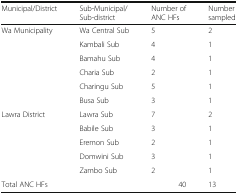
| Municipal/District | Sub-Municipal/Sub-district | Number of ANC HFs | Number sampled |
 | --- | --- | --- | --- |
 | Wa Municipality | Wa Central Sub | 5 | 2 |
 | <ROWSPAN=5>  | Kambali Sub | 4 | 1 |
 | Bamahu Sub | 4 | 1 |
 | Charia Sub | 2 | 1 |
 | Charingu Sub | 5 | 1 |
 | Busa Sub | 3 | 1 |
 | Lawra District | Lawra Sub | 7 | 2 |
 | <ROWSPAN=4>  | Babile Sub | 3 | 1 |
 | Eremon Sub | 2 | 1 |
 | Domwini Sub | 3 | 1 |
 | Zambo Sub | 2 | 1 |
 | Total ANC HFs | <COLSPAN=2> 40 | 13 |